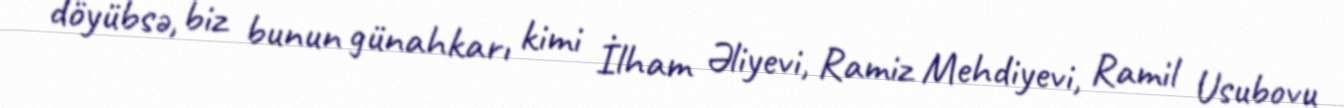
döyübsə, biz bunun günahkarı kimi İlham Əliyevi, Ramiz Mehdiyevi, Ramil Usubovu